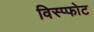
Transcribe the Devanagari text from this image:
विस्प्फोट